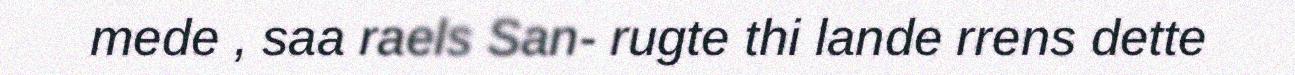
mede , saa raels San- rugte thi lande rrens dette